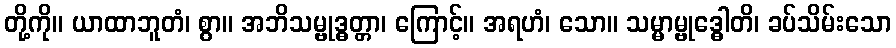
တို့ကို။ ယာထာဘူတံ၊ စွာ။ အဘိသမ္ဗုဒ္ဓတ္တာ၊ ကြောင့်။ အရဟံ၊ သော။ သမ္မာမ္ဗုဒ္ဓေါတိ၊ ခပ်သိမ်းသော